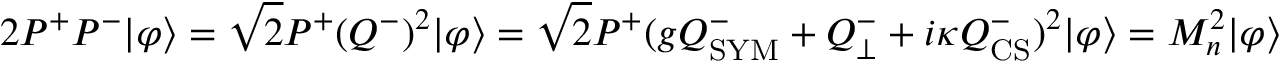
2 P ^ { + } P ^ { - } | \varphi \rangle = \sqrt { 2 } P ^ { + } ( Q ^ { - } ) ^ { 2 } | \varphi \rangle = \sqrt { 2 } P ^ { + } ( g Q _ { \mathrm { S Y M } } ^ { - } + Q _ { \perp } ^ { - } + i \kappa Q _ { \mathrm { C S } } ^ { - } ) ^ { 2 } | \varphi \rangle = M _ { n } ^ { 2 } | \varphi \rangle